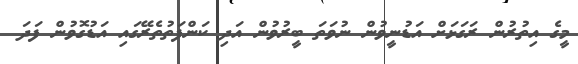
މީގެ އިތުރުން ރަގަޅަށް އަޑުނީވުން ނުވަތަ ބީރުވުން އަދި ކަންފަތުތެރޭގައި އަޑުގޮވުން ފަދަ